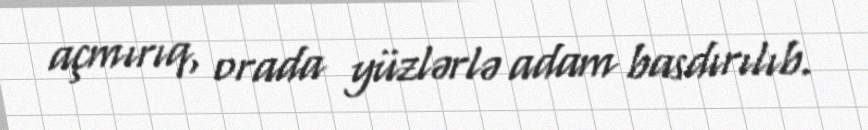
açmırıq, orada yüzlərlə adam basdırılıb.